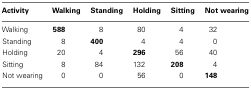
| Activity | Walking | Standing | Holding | Sitting | Not wearing |
 | --- | --- | --- | --- | --- | --- |
 | Walking | 588 | 8 | 80 | 4 | 32 |
 | Standing | 8 | 400 | 4 | 4 | 0 |
 | Holding | 20 | 4 | 296 | 56 | 40 |
 | Sitting | 8 | 84 | 132 | 208 | 4 |
 | Not wearing | 0 | 0 | 56 | 0 | 148 |